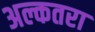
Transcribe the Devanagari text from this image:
अल्कतरा